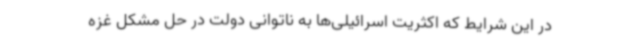
در این شرایط که اکثریت اسرائیلی‌ها به ناتوانی دولت در حل مشکل غزه